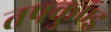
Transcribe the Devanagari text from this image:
तपकुण्ड